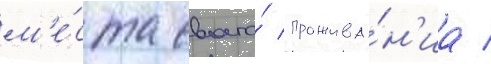
м'е́ста своего́ прожива́н'иа /